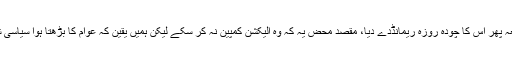
9 جولائی کو احستاب عدالت نے ایک دفعہ پھر اُس کا چودہ روزہ ریمانڈدے دیا، مقصد محض یہ کہ وہ الیکشن کمپین نہ کر سکے لیکن ہمیں یقین کہ عوام کا بڑھتا ہوا سیاسی شعور اِس حربے کو بھی ناکام بنا دے گا۔